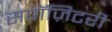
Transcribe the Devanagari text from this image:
सपॉज़िटरी